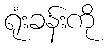
ရုံးခန်းကို